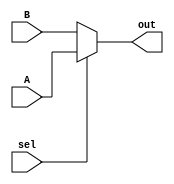
`timescale 1ns / 1ps
//////////////////////////////////////////////////////////////////////////////////
// Company: 
// Engineer: 
// 
// Design Name: 
// Module Name: MUX2x1
// Project Name: 
// Target Devices: 
// Tool Versions: 
// Description: 
// 
// Dependencies: 
// 
// Revision:
// Revision 0.01 - File Created
// Additional Comments:
// 
//////////////////////////////////////////////////////////////////////////////////

module MUX2x1(
    input A,
    input B,
    input sel,
    output out
    );
    
    assign out = sel?A:B;

    
endmodule